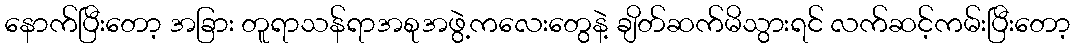
နောက်ပြီးတော့ အခြား တူရာသန်ရာအစုအဖွဲ့ကလေးတွေနဲ့ ချိတ်ဆက်မိသွားရင် လက်ဆင့်ကမ်းပြီးတော့